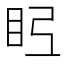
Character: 𭾤